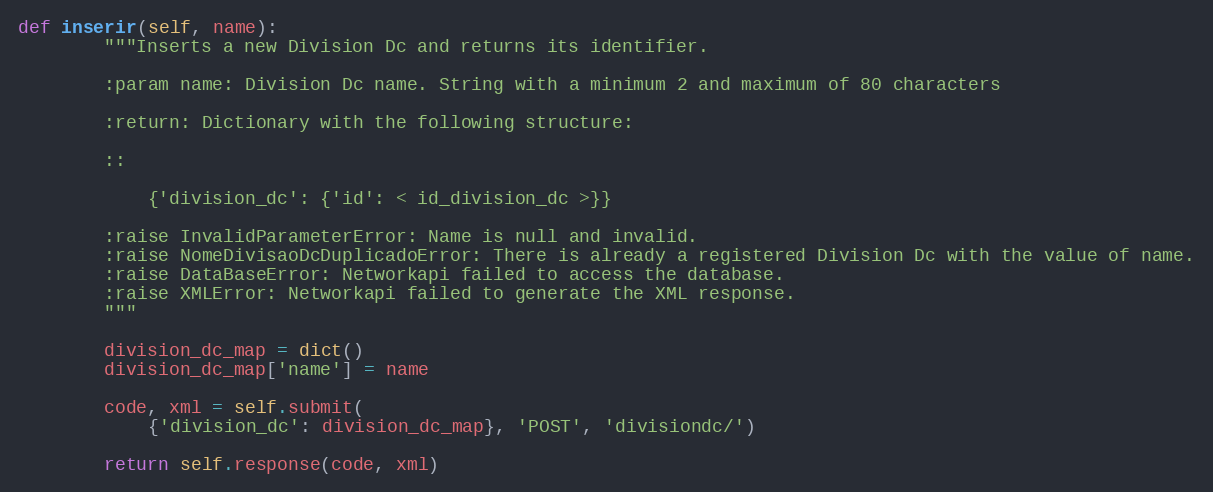
Language: Python
def inserir(self, name):
        """Inserts a new Division Dc and returns its identifier.

        :param name: Division Dc name. String with a minimum 2 and maximum of 80 characters

        :return: Dictionary with the following structure:

        ::

            {'division_dc': {'id': < id_division_dc >}}

        :raise InvalidParameterError: Name is null and invalid.
        :raise NomeDivisaoDcDuplicadoError: There is already a registered Division Dc with the value of name.
        :raise DataBaseError: Networkapi failed to access the database.
        :raise XMLError: Networkapi failed to generate the XML response.
        """

        division_dc_map = dict()
        division_dc_map['name'] = name

        code, xml = self.submit(
            {'division_dc': division_dc_map}, 'POST', 'divisiondc/')

        return self.response(code, xml)